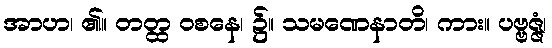
အာဟ၊ ၏။ တတ္ထ ဝစနေ၊ ၌။ သမဏေနာတိ၊ ကား။ ပဗ္ဗဇ္ဇံ၊